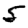
Digit: 5